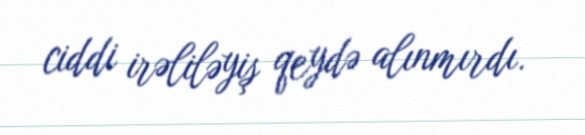
ciddi irəliləyiş qeydə alınmırdı.